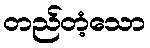
တည်တံ့သော